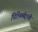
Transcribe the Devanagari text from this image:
पित्र्भिर्मदन्ती